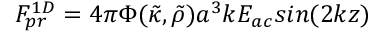
F _ { p r } ^ { 1 D } = 4 \pi \Phi ( { \tilde { \kappa } } , { \tilde { \rho } } ) a ^ { 3 } k E _ { a c } s i n ( 2 k z )